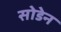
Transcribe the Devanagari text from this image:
सोडेन